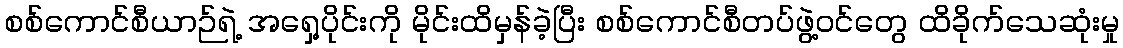
စစ်ကောင်စီယာဉ်ရဲ့ အရှေ့ပိုင်းကို မိုင်းထိမှန်ခဲ့ပြီး စစ်ကောင်စီတပ်ဖွဲ့ဝင်တွေ ထိခိုက်သေဆုံးမှု